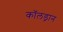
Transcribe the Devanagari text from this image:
कॉलड्रान